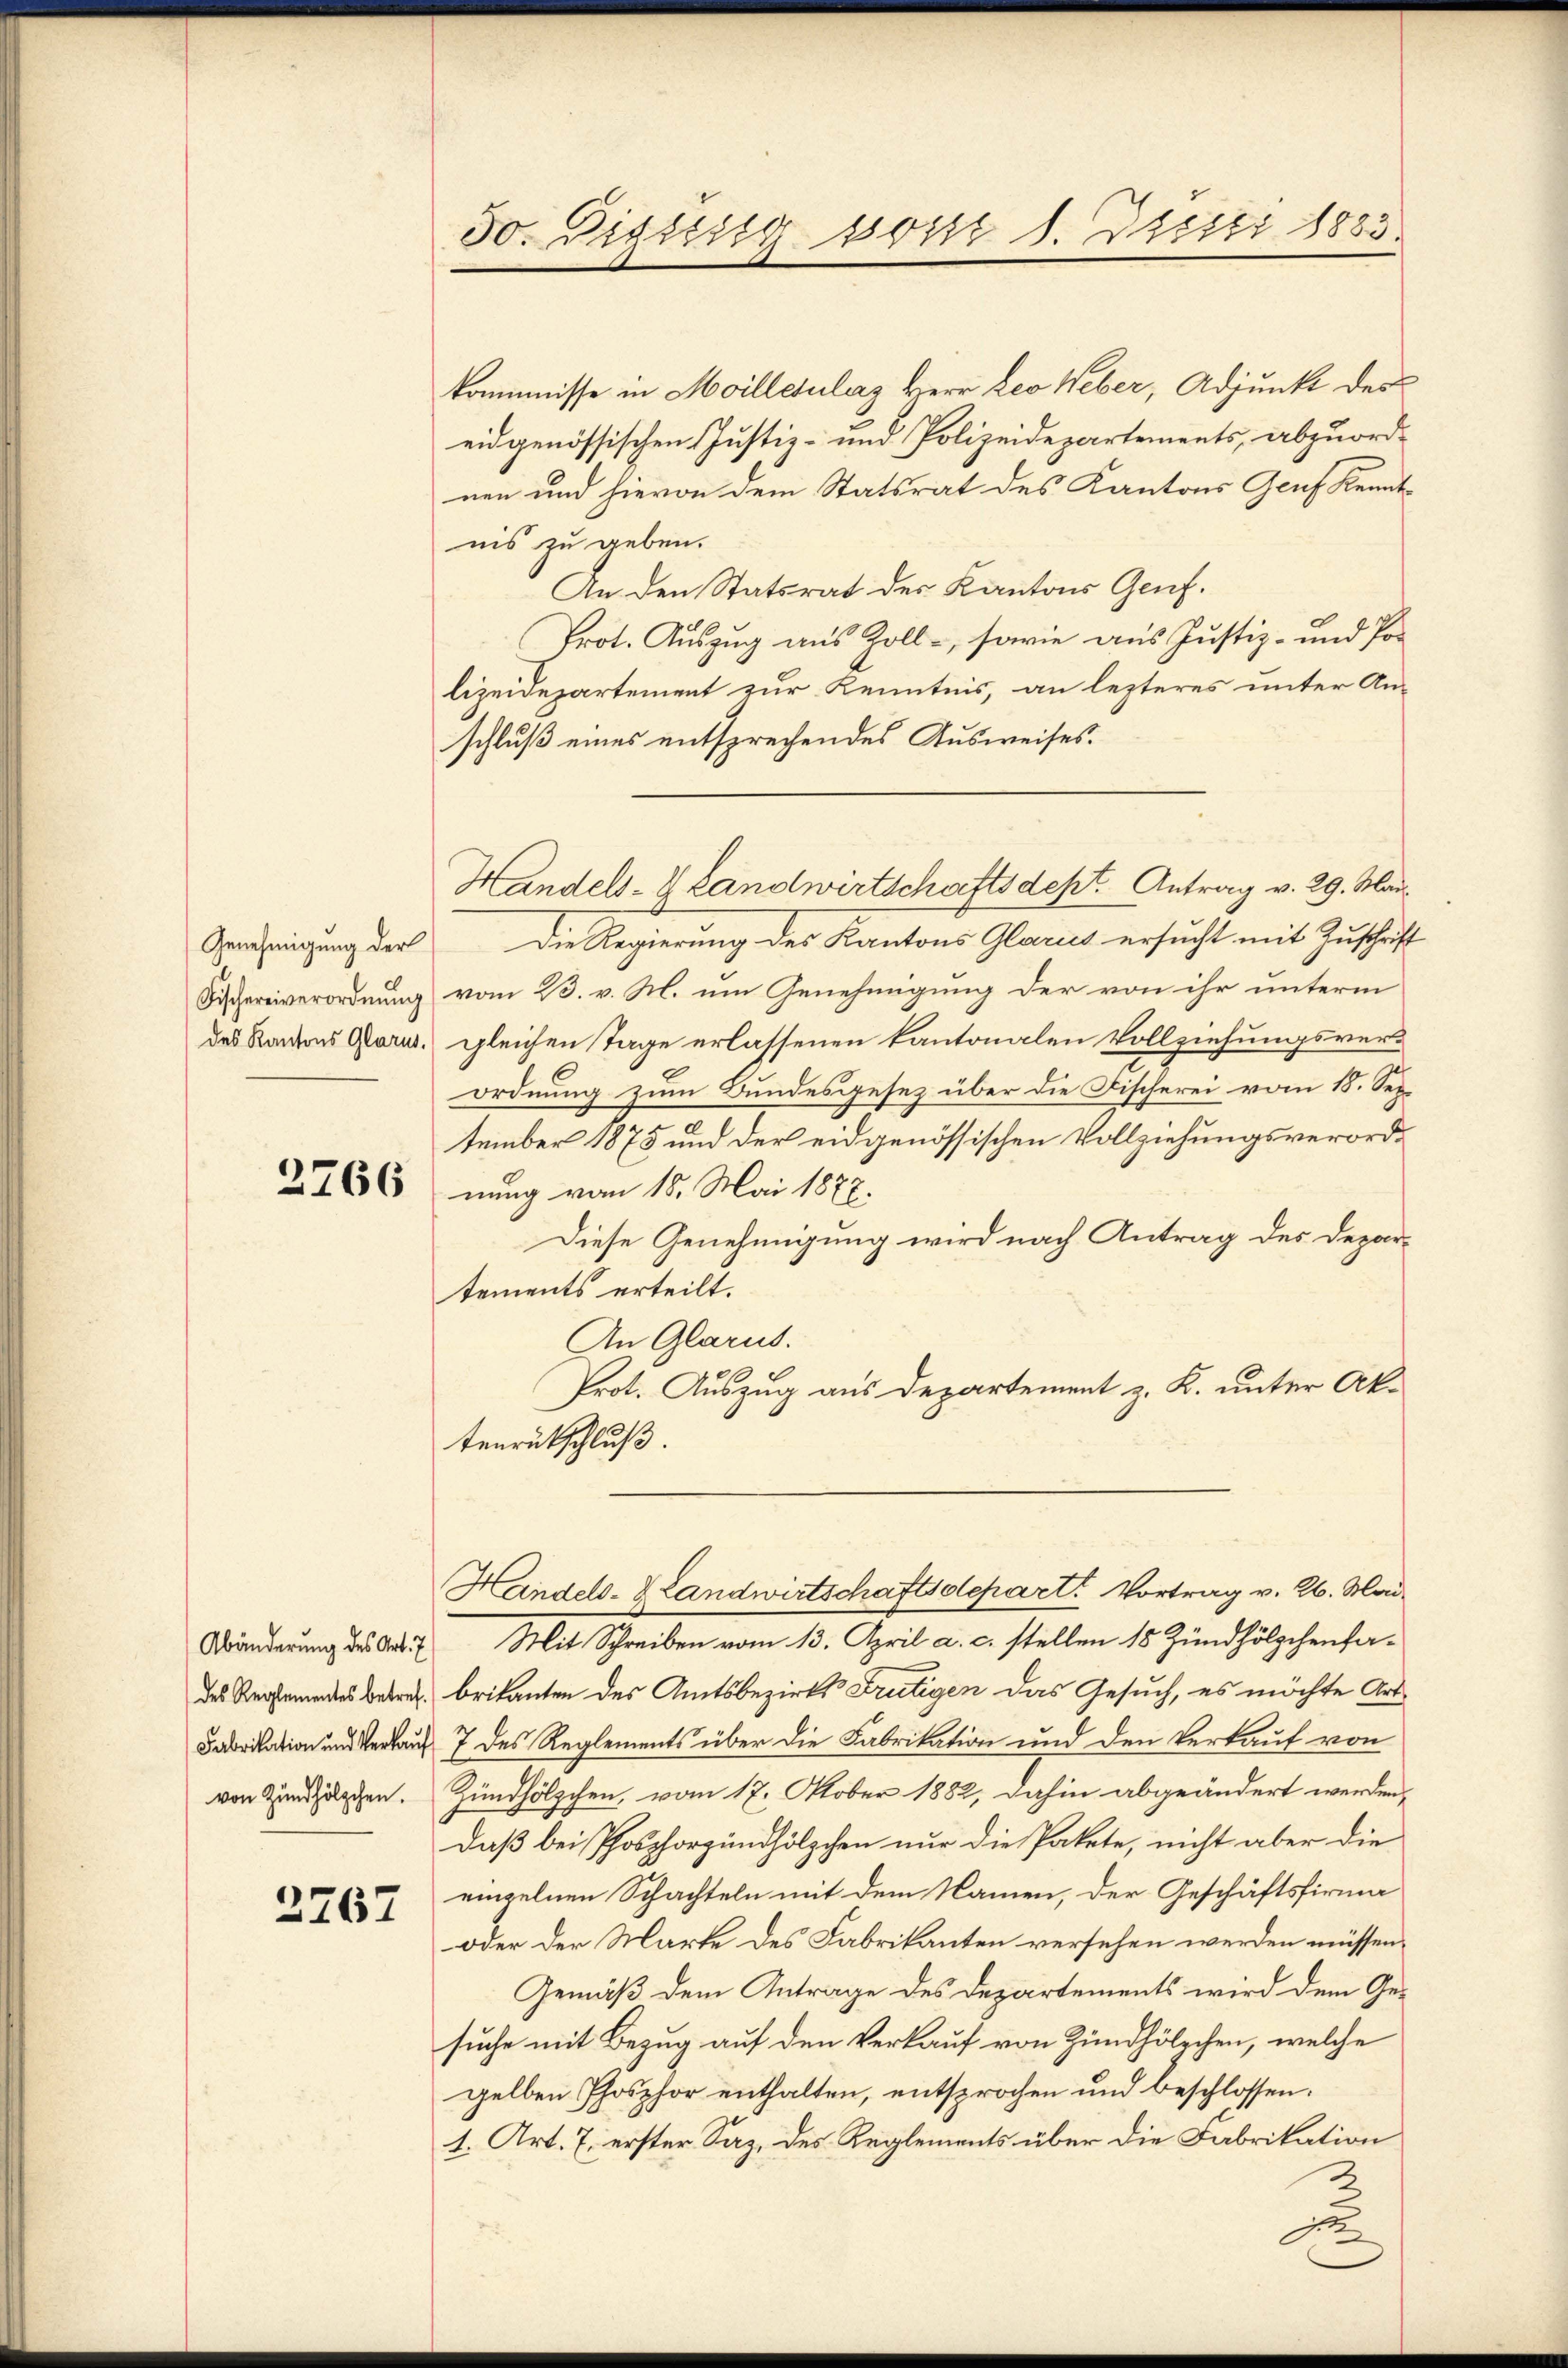
2767

kommnisse in Moillerulaz Herr Leo Weber, Adjunkt der
eidgenössischen Justiz- und Polizeidepartements, abzuordnen und hievon dem Statsrat des Kantons Genf Kenntnis zu geben.
An den Statsrat des Kantons Genf.
Prot. Auszug aus Zoll-, sowie aus Justiz- und Polizeidepartement zur Kenntnis, an lezteres unter An-
schluß eines entsprechendes Ausweises.
Genehmigung der Die Regierung des Kantons Glarus ersucht mit Zuschrift
Fischereiverordnung vom 23. v. M. um Genehmigung der von ihr unterm
des Kantons Glarus, gleichen Tage erlassenen kantonalen Vollziehungsverordnung zum Bundesgesez über die Fischerei vom 18. September 1875 und der eidgenössischen Vollziehungsverord¬
766 nung vom 18. Mai 1888.
Diese Genehmigung wird nach Antrag des Departements erteilt.
An Glarus.
Prot. Auszug aus Departement z. K. unter Aktenrutschluß.
Handels- & Landwirtschaftsdepart. Vortrag v. 26. Mai
Abänderung des Art. Mit Schreiben vom 13. April a. c. stellen 18 Zündhölzchenfades Reglementes Betrag brikanten des Amtsbezirks Frutigen das Gesuch, es möchte Art.
Fadrilation und Verkauf 7 des Reglements über die Fabrikation und den Verkauf von
von Zündhölzchen. Zündhölzchen, vom 17. Oktober 1882, dahin abgeändert werden,
daß bei Phosphorgundhölzchen nur die Pakete, nicht aber die
einzelnen Schachteln mit dem Namen, der Geschäftsfirma
oder der Marke des Fabrikanten versehen werden müssen.
Gemäß dem Antrage des Departements wird dem Gesuche mit Bezug auf den Verkauf von Zündhölzchen, welche
gelben Phosphor enthalten, entsprochen und beschlossen:
1. Art. 7. erster Saz, des Reglements über die Fabrikation
de

30. Diesig sonst 8. Desti 1833.

Handels- & Landwirtschaftsdept. Antrag v. 29. Mai